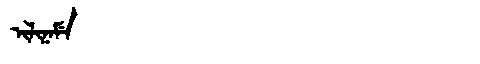
Manchu: ᡳᠯᡳᠨᠠᠮᡝ
Romanization: ILINAME